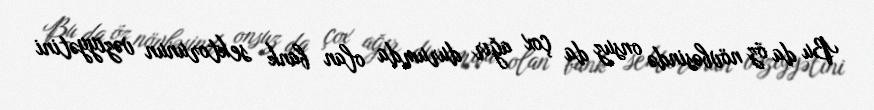
Bu da öz növbəsində onsuz da çox ağır durumda olan bank sektorunun vəziyyətini